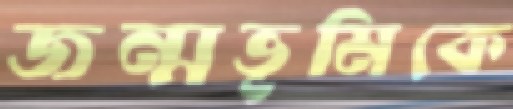
জন্মভূমিকে